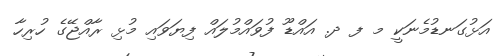
އަޅުގަނޑުމެނަކީ މ ފ ދ. އައްޑޫ ފުވައްމުލައް ފިޔަވައި މުޅި ރާއްޖޭގެ ހުރިހާ